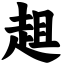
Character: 趄